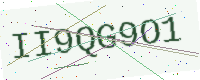
Text: II9QG9O1